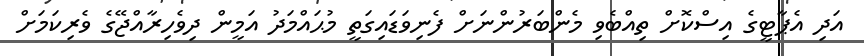
އަދި އެޕާޓީގެ އިސްކޮށް ތިއްބެވި މެންބަރުންނަށް ފެނިވަޑައިގަތީ މުޙައްމަދު އަމީން ދިވެހިރާއްޖޭގެ ވެރިކަމަށް